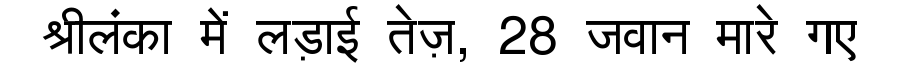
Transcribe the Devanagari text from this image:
श्रीलंका में लड़ाई तेज़, 28 जवान मारे गए